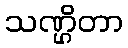
သဏ္ဌိတာ